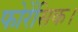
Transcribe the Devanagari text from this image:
फोरेंसिक।